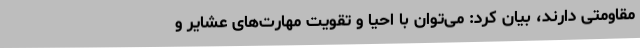
مقاومتی دارند، بیان کرد: می‌توان با احیا و تقویت مهارت‌های عشایر و